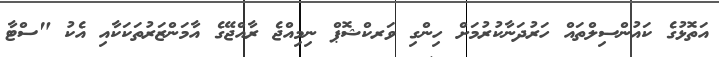
އަތޮޅުގެ ކައުންސިލްތައް ހަރުދަނާކުރުމަށް ހިންގި ވަރކްޝޮޕް ނިމިއްޖެ ރާއްޖޭގެ އާމަންޒަރުތަކަކާއި އެކު "ސްޓާ